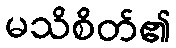
မသိစိတ်၏